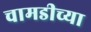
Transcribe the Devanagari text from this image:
चामडीच्या